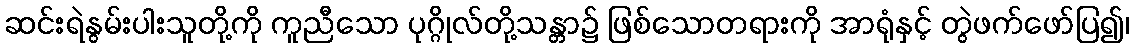
ဆင်းရဲနွမ်းပါးသူတို့ကို ကူညီသော ပုဂ္ဂိုလ်တို့သန္တာ၌ ဖြစ်သောတရားကို အာရုံနှင့် တွဲဖက်ဖော်ပြ၍၊